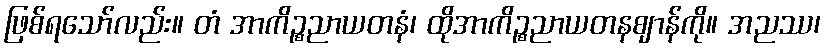
ဖြစ်ရသော်လည်း။ တံ အာကိဉ္စညာယတနံ၊ ထိုအာကိဉ္စညာယတနဈာန်ကို။ အညဿ၊